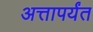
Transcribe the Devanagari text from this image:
अत्तापर्यंत